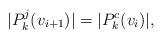
LaTeX: \begin{align*}|P^j_k(v_{i+1})| = |P^c_k(v_i)|, \end{align*}